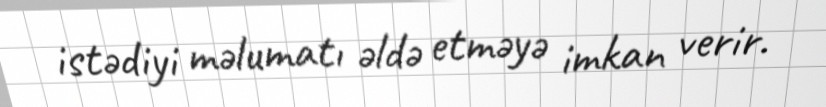
istədiyi məlumatı əldə etməyə imkan verir.